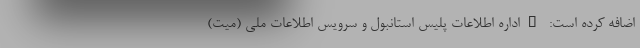
اضافه کرده است: "اداره اطلاعات پلیس استانبول و سرویس اطلاعات ملی (میت)